Report on the lunatic asylums under the Government of Bombay - 1904-1913
Year: 1904
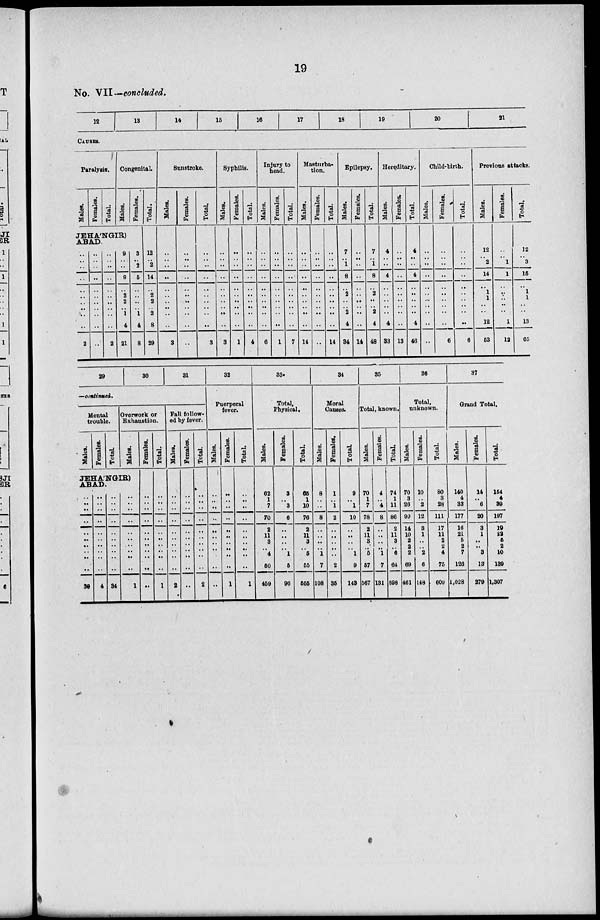
19
No. VII—concluded.
12
13
14
15
16
17
18
19
20
21
CAUSES.
Paralysis.
Males.
Females.
Total
Congenital.
Males.
Females.
JEHÁNGIR)
ABAD.
..
..
..
..
..
..
..
..
..
..
2
..
..
..
..
..
..
..
..
..
..
..
..
..
..
..
..
..
..
..
..
..
2
9
..
..
9
..
2
2
,.
1
4
21
3
.. 2
5
..
..
..
..
1
4
8
Total.
12
.. 2
14
..
2
2
..
2
8
29
Sunstroke.
Males.
..
..
..
..
..
..
..
..
..
..
3
Females.
..
..
..
..
..
..
..
..
..
..
..
Total
..
..
..
..
..
..
..
..
..
..
3
Syphilis.
Males.
..
..
..
..
..
..
..
..
..
..
3
Females.
..
..
..
..
..
..
..
..
..
..
1
Total.
..
..
..
..
..
..
..
..
..
..
4
Injury to
head.
Males.
..
..
..
..
..
..
..
..
..
..
6
Females.
..
..
..
..
..
..
..
..
..
..
1
Total.
..
..
..
..
..
..
..
..
..
..
7
Masturba-
tion.
Males.
..
..
..
..
..
..
..
..
..
..
14
Females.
..
..
..
..
..
..
..
..
..
..
..
Total.
..
..
..
..
..
..
..
..
..
..
14
Epilepsy.
Males.
7
..
1
8
..
2
..
..
2
4
34
Females.
..
..
..
..
..
..
..
..
..
..
14
Total.
7
.. 1
8
..
2
..
..
2
4
48
Hereditary.
Males.
4
..
..
4
..
..
..
..
..
4
33
Females.
..
..
..
..
..
..
..
..
..
..
13
Total.
4
..
..
4
..
..
..
..
..
4
46
Child-birth.
Males.
..
..
..
..
..
..
..
..
..
..
..
Females.
..
..
..
..
..
..
..
..
..
..
6
Total.
..
..
..
..
..
..
..
..
..
..
6
Previous attacks.
Males.
12
.. 2
14
..
1
1
..
..
12
53
Females.
..
..
1
1
..
..
..
..
..
1
12
Total.
12
..
3
15
..
1
1
..
..
13
65
29
30
31
—continued.
Mental
trouble.
Males.
Females.
Total
Overwork or
Exhaustion.
Males.
JEHÁNGIR
ABAD.
..
..
..
..
.._
..
..
..
..
..
30
..
..
..
..
..
..
..
..
..
..
4
..
..
..
..
..
..
..
..
..
..
34
..
..
..
..
..
..
..
..
..
..
1
Females.
..
..
..
..
..
..
..
..
..
..
..
Total.
..
..
..
..
..
..
..
..
..
..
1
Fall follow-
ed by fever.
Males.
..
..
..
..
..
..
..
..
..
..
2
Females.
..
..
..
..
..
..
..
..
..
..
..
Total
..
..
..
..
..
..
..
..
..
..
2
32
Puerperal
fever.
Males.
..
..
..
..
..
..
..
..
..
..
..
Females.
..
..
..
..
..
..
..
..
..
..
1
Total
..
..
..
..
..
..
..
..
..
..
1
33.
Total.
Physical.
Males.
62
1
7
70
2
11
3
..
4
50
459
Females.
3
..
3
6
..
..
..
..
1
5
96
Total
65
1
10
76
2
11
3
..
6
55
555
34
Moral
Causes.
Males.
8
..
..
8
..
..
..
..
1
7
108
Females.
1
..
1
2
..
..
..
..
..
2
35
Total
9
..
1
10
..
..
..
..
1
9
143
35
Total, known.
Males.
70
1
7
78
2
11
3
..
5
57
567
Females.
4
..
4
8
..
..
..
..
1
7
131
Total
74
1
11
86
2
11
3
..
6
64
698
36
Total,
unknown.
Males.
70
3
26
99
14
10
2
2
2
69
461
Females.
10
..
2
12
3
1
..
..
2
6
148
Total
80
3
28
111
17
11
2
2
4
75
609
37
Grand Total.
Males.
140
4
33
177
16
21
5
2
7
126
1,028
Females.
14
..
6
20
3
1
..
..
3
13
279
Total.
154
4
39
197
19
22
5
2
10
139
1,307